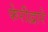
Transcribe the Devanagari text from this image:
फेरीद्वारे